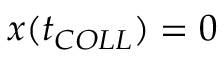
x ( t _ { C O L L } ) = 0